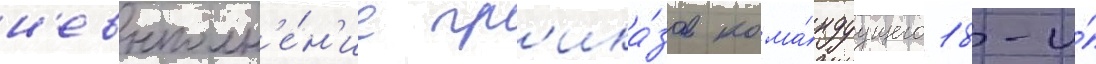
н'евыполн'е́н'ие пр'ика́зов кома́ндуущего 18-и́